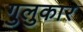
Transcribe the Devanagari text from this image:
गुलुकार